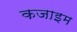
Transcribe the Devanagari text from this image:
कजाइम